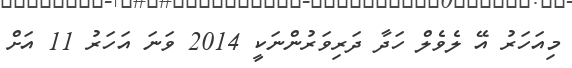
މިއަހަރު އޭ ލެވެލް ހަދާ ދަރިވަރުންނަކީ 2014 ވަނަ އަހަރު 11 އަށް